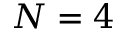
N = 4